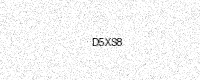
Text: D5XS8